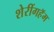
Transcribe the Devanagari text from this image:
शेरींगहॅम